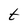
Character: t